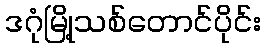
ဒဂုံမြို့သစ်တောင်ပိုင်း